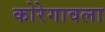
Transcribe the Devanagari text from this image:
कोरेगावला